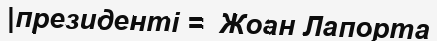
|президенті =  Жоан Лапорта